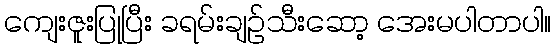
ကျေးဇူးပြုပြီး ခရမ်းချဉ်သီးဆော့ အေးမပါတာပါ။